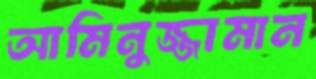
আমিনুজ্জামান